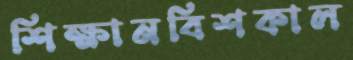
শিক্ষানবিশকাল